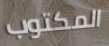
المكتوب